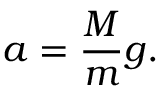
a = { \frac { M } { m } } g .